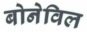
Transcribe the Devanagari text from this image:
बोनेविल